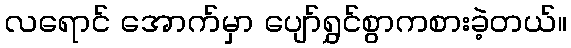
လရောင် အောက်မှာ ပျော်ရွှင်စွာကစားခဲ့တယ်။